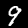
Digit: 9